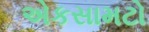
એકસામટો